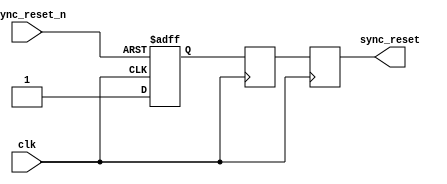
module async_reset_synchronizer (
    input wire async_reset_n,  // Active low asynchronous reset input
    input wire clk,            // Clock input
    output reg sync_reset      // Synchronized reset output
);

    // Intermediate signals for synchronizer flip-flops
    reg ff1, ff2;

    // Synchronous reset logic
    always @(posedge clk or negedge async_reset_n) begin
        if (!async_reset_n) begin
            ff1 <= 1'b0;  // Assert reset on negedge of async_reset_n
        end else begin
            ff1 <= 1'b1;  // Deassert reset on posedge of clock when async_reset_n is high
        end
    end

    always @(posedge clk) begin
        ff2 <= ff1;  // Synchronize the output of the first flip-flop
    end

    // Final synchronized reset output
    always @(posedge clk) begin
        sync_reset <= ff2;  // Output the synchronized reset signal
    end

endmodule